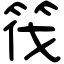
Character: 筏